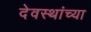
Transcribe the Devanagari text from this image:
देवस्थांच्या